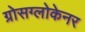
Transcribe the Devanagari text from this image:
ग्रोसग्लोकेनर